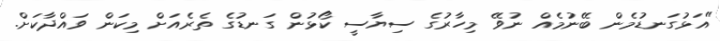
"އަޅުގަނޑުމެން ބޭނުމެއް ނުވޭ މިހާރުގެ ސިޔާސީ ކޯޅުން ގަނޑުގެ ތެރެއަށް މިކަން ވައްދާކަށް.